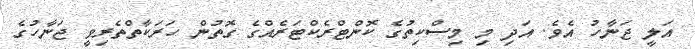
އަލީ ޖަނާހު އެވެ. އަދި މި މިސްކިތުގެ ކޮންޓްރެކްޓަރެއްގެ ގޮތުން ހަރަކާތްތެރިވީ ޖަނާހުގެ